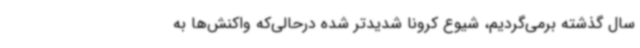
سال گذشته برمی‌گردیم، شیوع کرونا شدیدتر شده درحالی‌که واکنش‌ها به